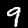
Label: 9